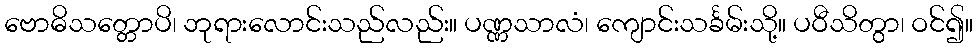
ဗောဓိသတ္တောပိ၊ ဘုရားလောင်းသည်လည်း။ ပဏ္ဏသာလံ၊ ကျောင်းသင်္ခမ်းသို့။ ပဝီသိတွာ၊ ဝင်၍။